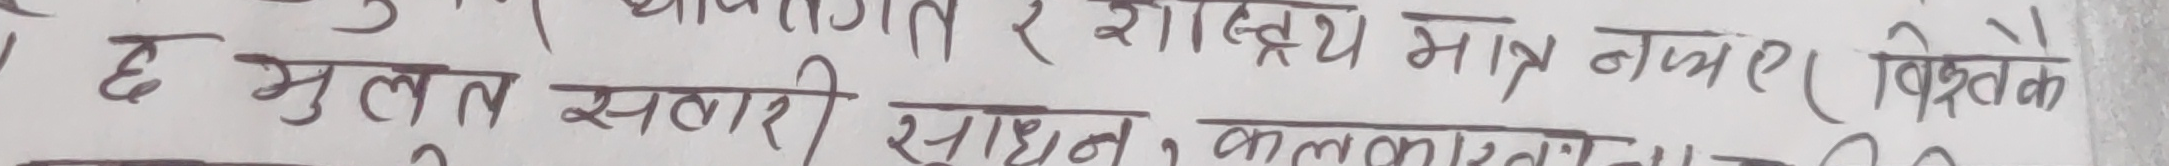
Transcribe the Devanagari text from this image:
छ मुलत सतारि साधन कलाकारिता र शाख्य मात्र नभएर (विकृतके